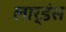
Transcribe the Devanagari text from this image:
लार्डंस